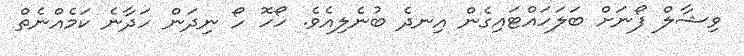
ވިޝާލް ފޯނަށް ބަލަހައްޓައިގެން އިނދެ ބުނެލިއެވެ. ހޯހޮ ހޯ ނިދަން ހަދާނެ ކަމެއްނެތް